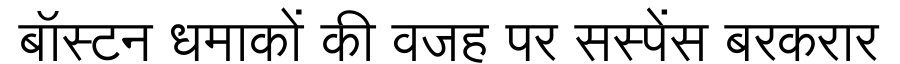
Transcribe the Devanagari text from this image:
बॉस्टन धमाकों की वजह पर सस्पेंस बरकरार